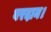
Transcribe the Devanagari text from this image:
वरदान।